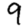
Digit: 9